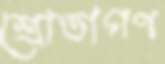
শ্রোতাগণ